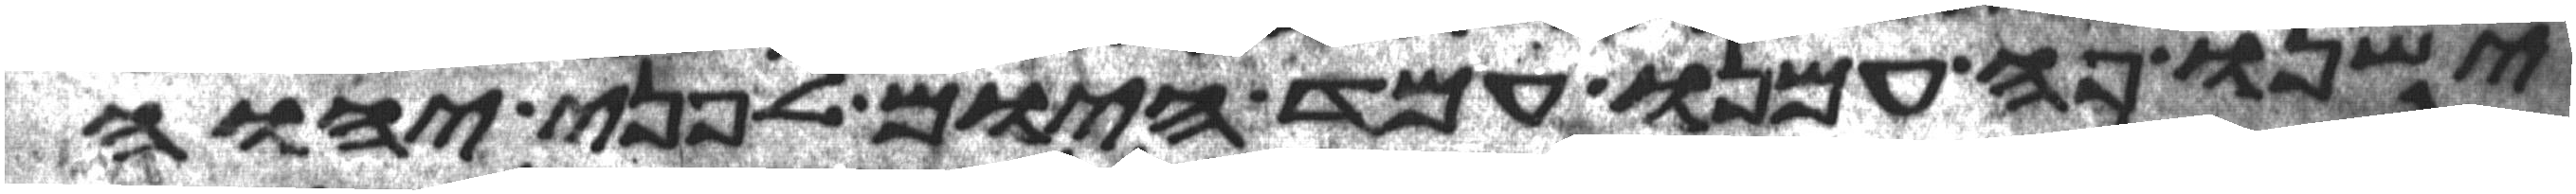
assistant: ישנו פה עמנו עמד היום לפני יהוה